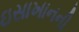
ઇસાખાનની